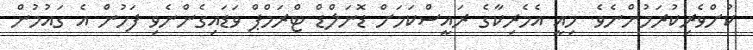
ކުށްވެރިކުރަމުންނެވެ. މިއީ އެމެރިކާގެ ރައީސްކަމަށް ޑޮނަލްޑް ޓްރަމްޕް ވަޑައިގެންނެވި ފަހުން އެ ގައުމުން